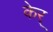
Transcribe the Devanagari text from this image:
केर्